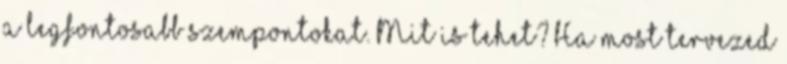
a legfontosabb szempontokat. Mit is tehet? Ha most tervezed